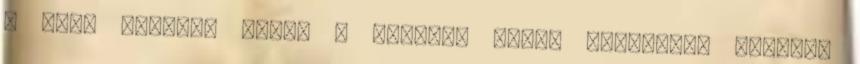
a szép lánynak ennek a mesének annyi változata létezik